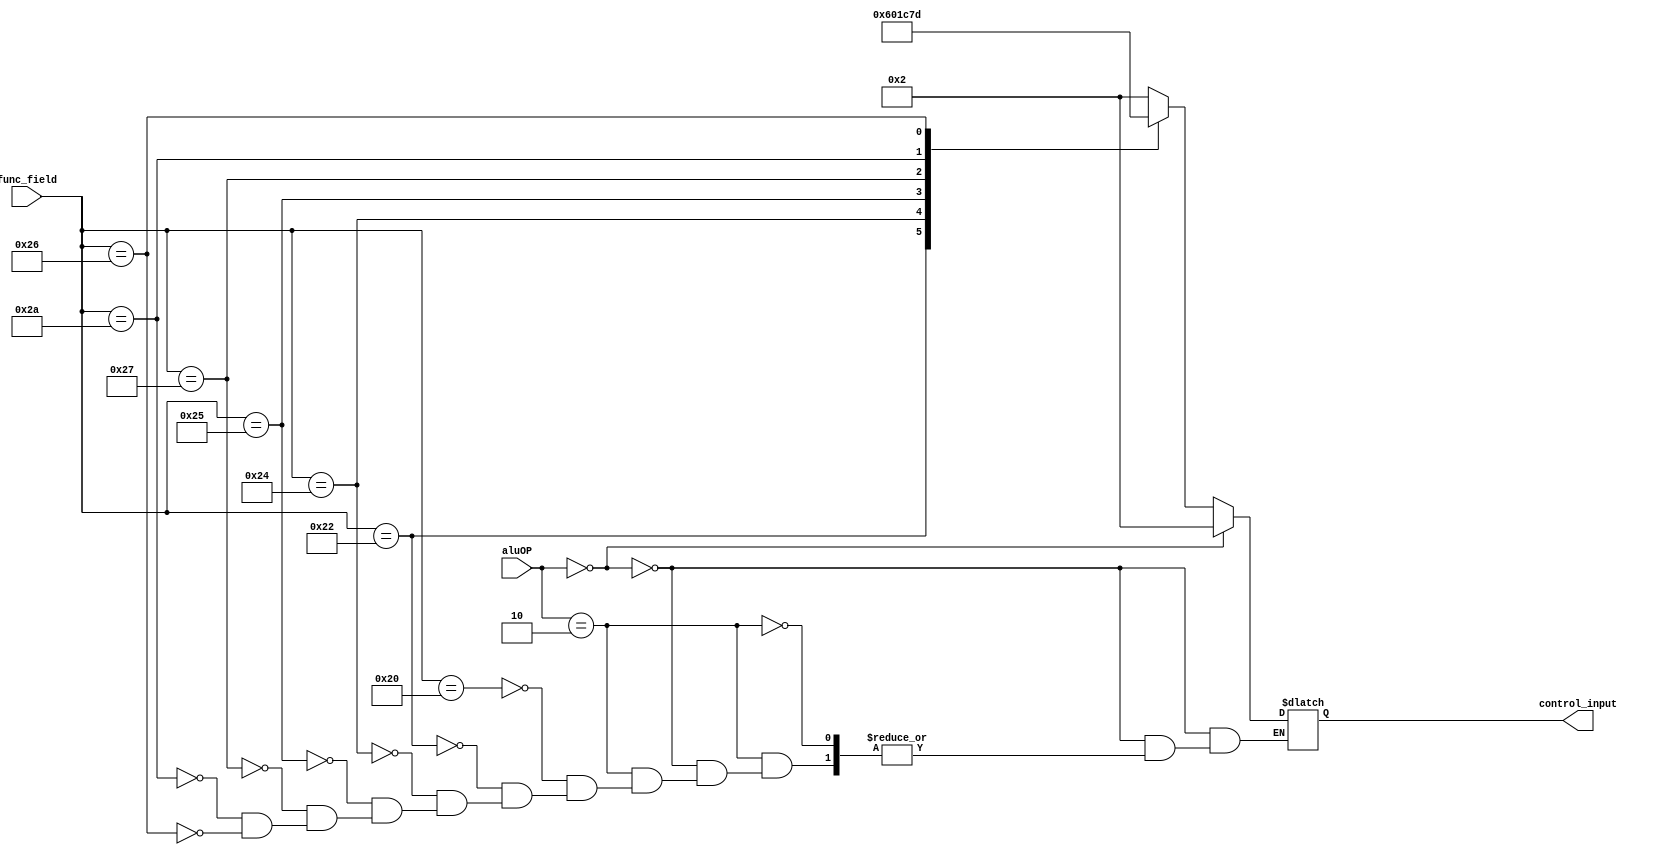
module alu_control(func_field,aluOP,control_input);
input [5:0] func_field;
input [1:0] aluOP;

output reg [3:0]control_input;

always @ (func_field or aluOP)
	begin
		if(aluOP == 2'b00)
			begin
				control_input = 4'b0010;
			end
		else if(aluOP == 2'b10)
			begin	
				case(func_field)
					6'b100000:
						control_input = 4'b0010;
					6'b100010:	
						control_input = 4'b0110;
					6'b100100:
						control_input = 4'b0000;
					6'b100101:
						control_input = 4'b0001;
					6'b100111:
						control_input = 4'b1100;
					6'b101010:
						control_input = 4'b0111;
					6'b100110:
						control_input = 4'b1101;
				endcase
			end
		else
			begin
				$monitor("The case statement is not working correctly");
			end
	end
endmodule